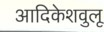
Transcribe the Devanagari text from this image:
आदिकेशवुलू